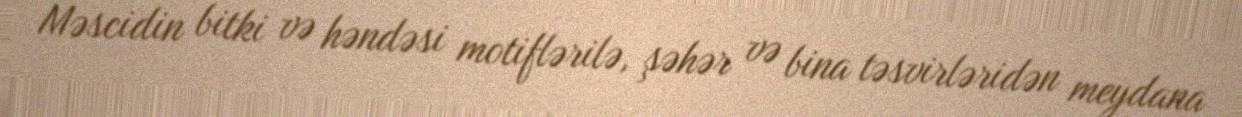
Məscidin bitki və həndəsi motiflərilə, şəhər və bina təsvirləridən meydana